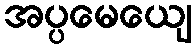
အပ္ပမေယျေ